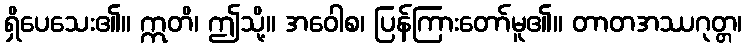
ရှိပေသေး၏။ ဣတိ၊ ဤသို့။ အဝေါစ၊ ပြန်ကြားတော်မူ၏။ တာတအဿဂုတ္တ၊